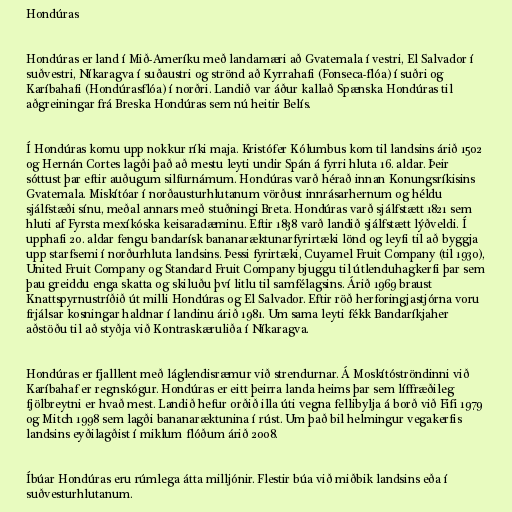
Hondúras

Hondúras er land í Mið-Ameríku með landamæri að Gvatemala í vestri, El Salvador í
suðvestri, Níkaragva í suðaustri og strönd að Kyrrahafi (Fonseca-flóa) í suðri og
Karíbahafi (Hondúrasflóa) í norðri. Landið var áður kallað Spænska Hondúras til
aðgreiningar frá Breska Hondúras sem nú heitir Belís.

Í Hondúras komu upp nokkur ríki maja. Kristófer Kólumbus kom til landsins árið 1502
og Hernán Cortes lagði það að mestu leyti undir Spán á fyrri hluta 16. aldar. Þeir
sóttust þar eftir auðugum silfurnámum. Hondúras varð hérað innan Konungsríkisins
Gvatemala. Miskítóar í norðausturhlutanum vörðust innrásarhernum og héldu
sjálfstæði sínu, meðal annars með stuðningi Breta. Hondúras varð sjálfstætt 1821 sem
hluti af Fyrsta mexíkóska keisaradæminu. Eftir 1838 varð landið sjálfstætt lýðveldi. Í
upphafi 20. aldar fengu bandarísk bananaræktunarfyrirtæki lönd og leyfi til að byggja
upp starfsemi í norðurhluta landsins. Þessi fyrirtæki, Cuyamel Fruit Company (til 1930),
United Fruit Company og Standard Fruit Company bjuggu til útlenduhagkerfi þar sem
þau greiddu enga skatta og skiluðu því litlu til samfélagsins. Árið 1969 braust
Knattspyrnustríðið út milli Hondúras og El Salvador. Eftir röð herforingjastjórna voru
frjálsar kosningar haldnar í landinu árið 1981. Um sama leyti fékk Bandaríkjaher
aðstöðu til að styðja við Kontraskæruliða í Níkaragva.

Hondúras er fjalllent með láglendisræmur við strendurnar. Á Moskítóströndinni við
Karíbahaf er regnskógur. Hondúras er eitt þeirra landa heims þar sem líffræðileg
fjölbreytni er hvað mest. Landið hefur orðið illa úti vegna fellibylja á borð við Fifi 1979
og Mitch 1998 sem lagði bananaræktunina í rúst. Um það bil helmingur vegakerfis
landsins eyðilagðist í miklum flóðum árið 2008.

Íbúar Hondúras eru rúmlega átta milljónir. Flestir búa við miðbik landsins eða í
suðvesturhlutanum.